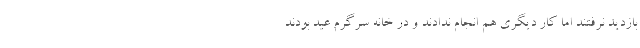
بازدید نرفتند اما کار دیگری هم انجام ندادند و در خانه سرگرم عید بودند